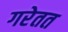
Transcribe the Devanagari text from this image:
गरेतत